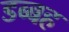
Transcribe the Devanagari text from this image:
डब्बह